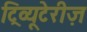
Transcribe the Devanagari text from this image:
ट्रिव्यूटेरीज़